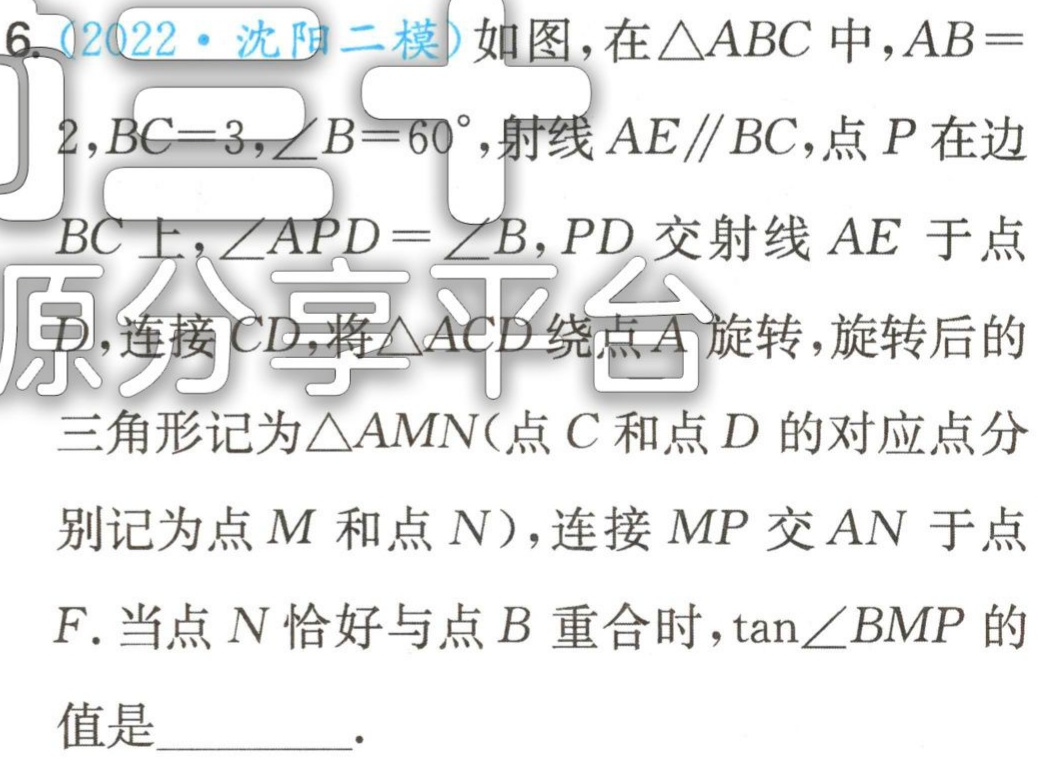
(2022·沈阳二模)如图，在\(\triangle ABC\)中，\(AB = 2\)，\(BC = 3\)，\(\angle B = 60^{\circ}\)，射线\(AE\parallel BC\)，点\(P\)在边\(BC\)上，\(\angle APD=\angle B\)，\(PD\)交射线\(AE\)于点\(D\)，连接\(CD\)，将\(\triangle ACD\)绕点\(A\)旋转，旋转后的三角形记为\(\triangle AMN\)(点\(C\)和点\(D\)的对应点分别记为点\(M\)和点\(N\))，连接\(MP\)交\(AN\)于点\(F\).当点\(N\)恰好与点\(B\)重合时，\(\tan\angle BMP\)的值是________.